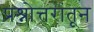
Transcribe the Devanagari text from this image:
प्रश्नोत्तरांतून